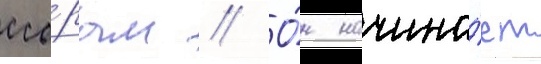
ссо́рам // О́н начина́ет